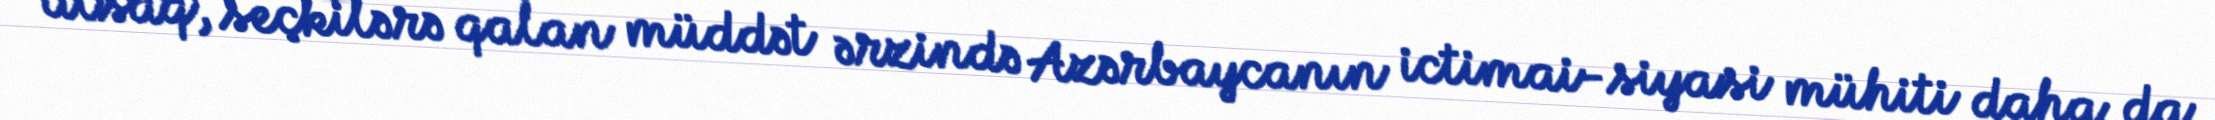
alsaq, seçkilərə qalan müddət ərzində Azərbaycanın ictimai-siyasi mühiti daha da